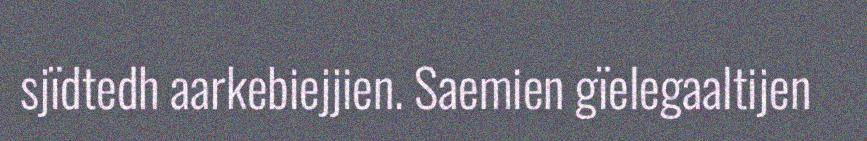
sjïdtedh aarkebiejjien. Saemien gïelegaaltijen